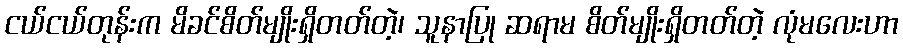
ငယ်ငယ်တုန်းက မိခင်စိတ်မျိုးရှိတတ်တဲ့၊ သူနာပြု ဆရာမ စိတ်မျိုးရှိတတ်တဲ့ လုံမလေးဟာ